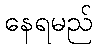
နေရမည်